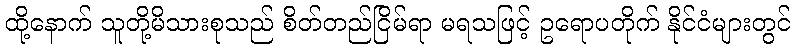
ထို့နောက် သူတို့မိသားစုသည် စိတ်တည်ငြိမ်ရာ မရသဖြင့် ဥရောပတိုက် နိုင်ငံများတွင်